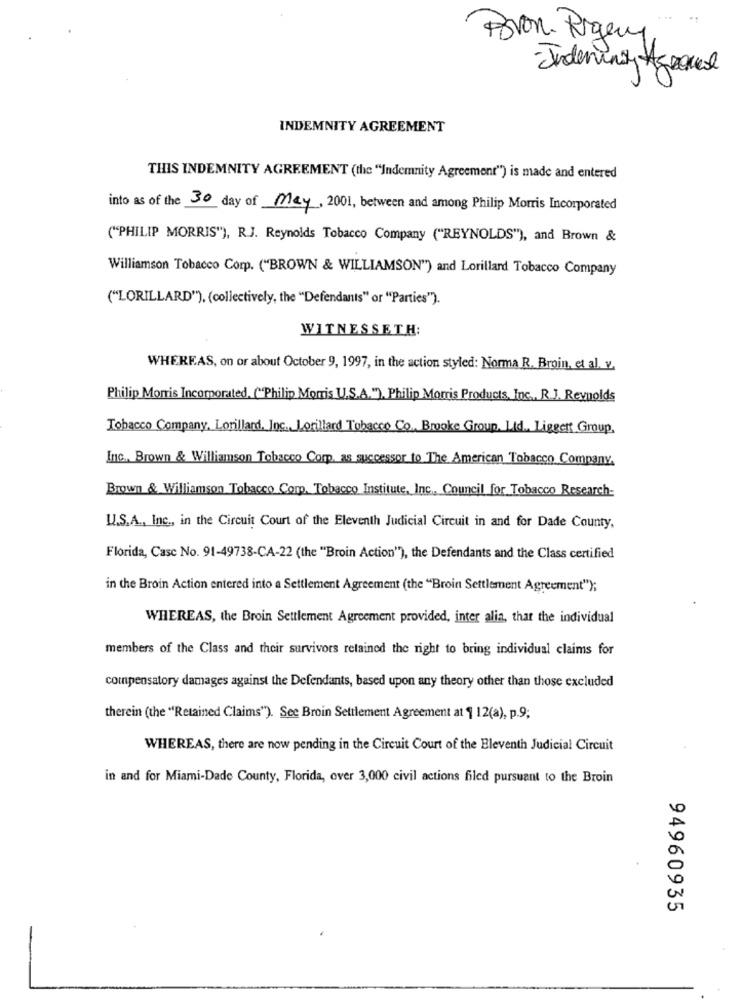
Bron. Rogery,
- Indeningy Agrome
INDEMNITY AGREEMENT
THIS INDEMNITY AGREEMENT (the "Indemnity Agreement") is made and entered
into as of the 30 day of May, 2001, between and among Philip Morris Incorporated
("PHILIP MORRIS"), R.J. Reynolds Tobacco Company ("REYNOLDS"), and Brown &
Williamson Tobacco Corp. ("BROWN & WILLIAMSON") and Lorillard Tobacco Company
("LORILLARD"), (collectively, the "Defendants" or "Parties").
WITNESSETH:
WHEREAS, on or about October 9, 1997, in the action styled: Norma R. Broin, et al. v.
Philip Morris Incorporated, ("Philip Morris U.S.A."), Philip Morris Products, Inc ., R.J. Reynolds
Tobacco Company, Lorillard, Inc. Lorillard Tobacco Co, Brooke Group. Ltd ., Ligget Group.
Inc. Brown & Williamson Tobacco Corp. as successor to The American Tobacco Company.
Brown & Williamson Tobacco Corp. Tobacco Institute, Inc ., Council for Tobacco Research-
U.S.A ., Inc ., in the Circuit Court of the Eleventh Judicial Circuit in and for Dade County,
Florida, Casc No. 91-49738-CA-22 (the "Broin Action"), the Defendants and the Class certified
in the Broin Action entered into a Settlement Agreement (the "Broin Settlement Agreement");
WHEREAS, the Broin Settlement Agreement provided, inter alia, that the individual
members of the Class and their survivors retained the right to bring individual claims for
compensatory damages against the Defendants, based upon any theory other than those excluded
therein (the "Retained Claims"). See Broin Settlement Agreement at 1 12(a), p.9;
WHEREAS, there are now pending in the Circuit Court of the Eleventh Judicial Circuit
in and for Miami-Dade County, Florida, over 3,000 civil actions filed pursuant to the Broin
94960935